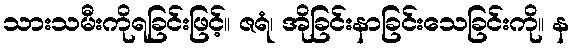
သားသမီးကိုရခြင်းဖြင့်။ ဇရံ၊ အိုခြင်းနာခြင်းသေခြင်းကို။ န